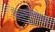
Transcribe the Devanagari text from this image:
सैंधवाबरोबर